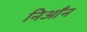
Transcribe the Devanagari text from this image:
निआँन